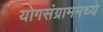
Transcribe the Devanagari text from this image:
योगसंग्राममध्ये